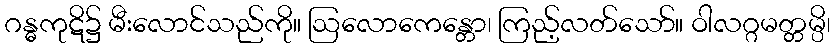
ဂန္ဓကုဋိ၌ မီးလောင်သည်ကို။ ဩလောကေန္တော၊ ကြည့်လတ်သော်။ ဝါလဂ္ဂမတ္တမ္ပိ၊